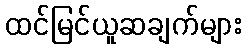
ထင်မြင်ယူဆချက်များ